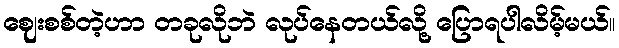
ဈေးစစ်တဲ့ဟာ တခုလိုဘဲ လုပ်နေတယ်လို့ ပြောရပါလိမ့်မယ်။